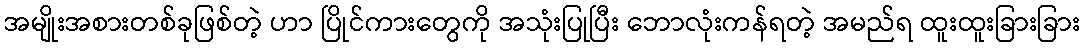
အမျိုးအစားတစ်ခုဖြစ်တဲ့ ဟာ ပြိုင်ကားတွေကို အသုံးပြုပြီး ဘောလုံးကန်ရတဲ့ အမည်ရ ထူးထူးခြားခြား